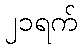
၂၁ရက်